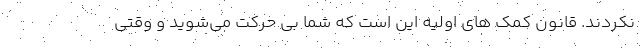
نکردند. قانون کمک های اولیه این است که شما بی حرکت می‌شوید و وقتی